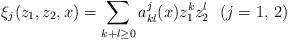
LaTeX: \begin{align*}\xi_{j}(z_{1},z_{2},x) = \sum_{k+l \geq 0} a_{kl}^{j}(x) z_{1}^{k} z_{2}^{l}~~(j = 1,\,2)\end{align*}